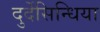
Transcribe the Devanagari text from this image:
दुर्देसिन्धिया